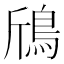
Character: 𱈞